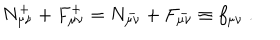
LaTeX: N _ { \mu \nu } ^ { + } + F _ { \mu \nu } ^ { + } = N _ { \mu \nu } ^ { - } + F _ { \mu \nu } ^ { - } \equiv f _ { \mu \nu } \ .